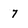
Character: 7